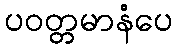
ပဝတ္တမာနံပေ